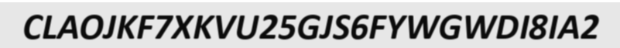
CLAOJKF7XKVU25GJS6FYWGWDI8IA2